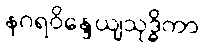
နဂရဝိန္ဒေယျသုဒ္ဓိကာ